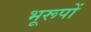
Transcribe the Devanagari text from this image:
भूरूपों